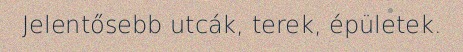
Jelentősebb utcák, terek, épületek.